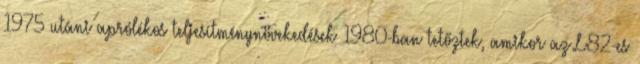
1975 utáni aprólékos teljesítménynövekedések 1980-ban tetőztek, amikor az L82-es